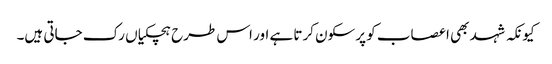
کیونکہ شہد بھی اعصاب کو پرسکون کرتا ہے اور اس طرح ہچکیاں رک جاتی ہیں۔